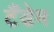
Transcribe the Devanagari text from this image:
टैंडेम